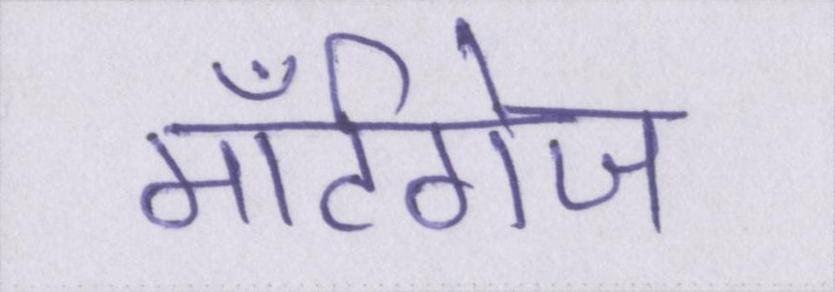
मॉर्टगेज